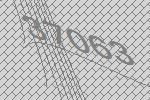
37063